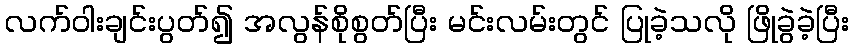
လက်ဝါးချင်းပွတ်၍ အလွန်စိုစွတ်ပြီး မင်းလမ်းတွင် ပြုခဲ့သလို ဖြိုခွဲခဲ့ပြီး